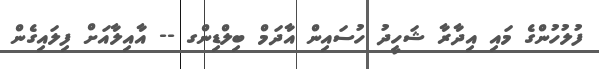
ފުލުހުންގެ މައި އިދާރާ ޝަހީދު ހުސައިން އާދަމް ބިލްޑިންގ -- އާއިލާއަށް ފިލައިގެން